Civil Veterinary Department Bihar & Orissa reports 1911-21 - 1911-1921
Year: 1911
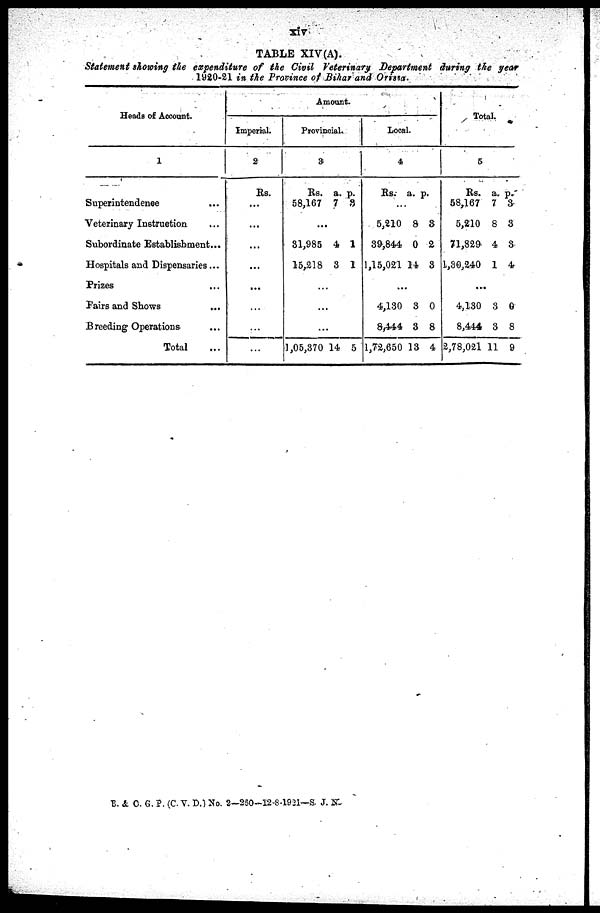
XIV
TABLE XIV(A).
Statement showing the expenditure of the Civil Veterinary Department during the year
1920-21 in the Province of Bihar and Orissa.
Heads of Account.
1
Superintendence
...
Veterinary Instruction ...
Subordinate Establishment ...
Hospitals and Dispensaries ...
Prizes ...
Fairs and Shows ...
Breeding Operations ...
Total ...
Amount.
Imperial.
2
Rs.
...
...
...
...
...
...
...
...
Provincial.
3
Rs.
58,167
...
81,985
15,218
...
...
...
1,05,370
a.
7
4
3
14
p.
8
1
1
5
Local.
4
Rs.
..
5,210
39,844
1,15,021
..
4,130
8,444
1,72,650
a.
.
8
0
14
.
3
3
13
p.
3
2
8
0
8
4
Total.
5
Rs.
58,167
5,210
71,829
1,30,240
...
4,130
8,444
2,78,021
a.
7
8
4
1
3
3
11
p.
3
3
3
4
0
8
9
B. &O. G. P (C V. D.) No. 2—250-12-8-1921—S.J. N.